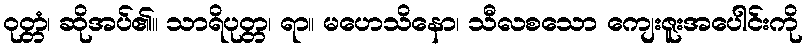
ဝုတ္တံ၊ ဆိုအပ်၏။ သာရိပုတ္တ၊ ရာ။ မဟေသိနော၊ သီလစသော ကျေးဇူးအပေါင်းကို